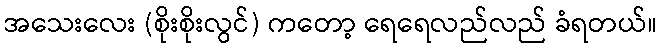
အသေးလေး (စိုးစိုးလွင်) ကတော့ ရေရေလည်လည် ခံရတယ်။